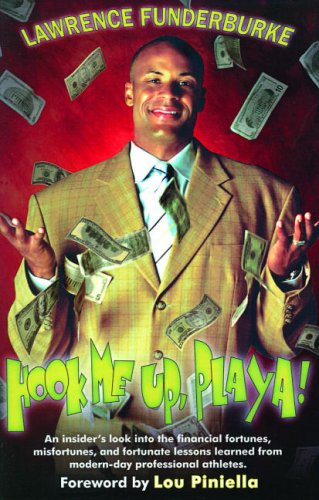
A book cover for Hook Me Up, Playa!; Lawrence Funderburke; Sports & Outdoors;